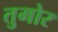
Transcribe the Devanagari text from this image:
तुमोर